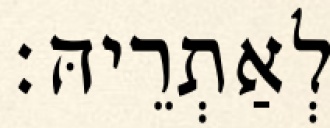
לְאַתְרֵיהּ׃